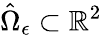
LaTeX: \hat{\Omega}_{\epsilon}\subset\mathbb{R}^{2}